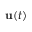
{ \mathbf { u } } ( t )